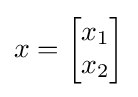
x={\begin{bmatrix}x_{1}\\x_{2}\end{bmatrix}}